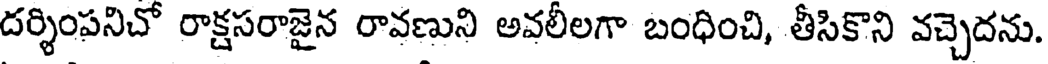
దర్శింపనిచో రాక్షసరాజైన రావణుని అవలీలగా బంధించి, తీసికొని వచ్చెదను.